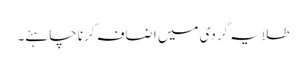
طلایہ گردی میں اضافہ کرنا چاہئے۔